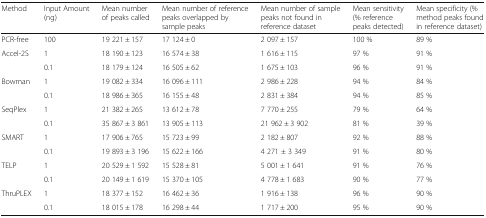
<table><thead><tr><td><b>Method</b></td><td><b>Input Amount (ng)</b></td><td><b>Mean number of peaks called</b></td><td><b>Mean number of reference peaks overlapped by sample peaks</b></td><td><b>Mean number of sample peaks not found in reference dataset</b></td><td><b>Mean sensitivity (% reference peaks detected)</b></td><td><b>Mean specificity (% method peaks found in reference dataset)</b></td></tr></thead><tbody><tr><td>PCR-free</td><td>100</td><td>19 221 ± 157</td><td>17 124 ± 0</td><td>2 097 ± 157</td><td>100 %</td><td>89 %</td></tr><tr><td>Accel-2S</td><td>1</td><td>18 190 ± 123</td><td>16 574 ± 38</td><td>1 616 ± 115</td><td>97 %</td><td>91 %</td></tr><tr><td></td><td>0.1</td><td>18 179 ± 124</td><td>16 505 ± 62</td><td>1 675 ± 103</td><td>96 %</td><td>91 %</td></tr><tr><td>Bowman</td><td>1</td><td>19 082 ± 334</td><td>16 096 ± 111</td><td>2 986 ± 228</td><td>94 %</td><td>84 %</td></tr><tr><td></td><td>0.1</td><td>18 986 ± 365</td><td>16 155 ± 48</td><td>2 831 ± 384</td><td>94 %</td><td>85 %</td></tr><tr><td>SeqPlex</td><td>1</td><td>21 382 ± 265</td><td>13 612 ± 78</td><td>7 770 ± 255</td><td>79 %</td><td>64 %</td></tr><tr><td></td><td>0.1</td><td>35 867 ± 3 861</td><td>13 905 ± 113</td><td>21 962 ± 3 902</td><td>81 %</td><td>39 %</td></tr><tr><td>SMART</td><td>1</td><td>17 906 ± 765</td><td>15 723 ± 99</td><td>2 182 ± 807</td><td>92 %</td><td>88 %</td></tr><tr><td></td><td>0.1</td><td>19 893 ± 3 196</td><td>15 622 ± 166</td><td>4 271 ± 3 349</td><td>91 %</td><td>80 %</td></tr><tr><td>TELP</td><td>1</td><td>20 529 ± 1 592</td><td>15 528 ± 81</td><td>5 001 ± 1 641</td><td>91 %</td><td>76 %</td></tr><tr><td></td><td>0.1</td><td>20 149 ± 1 619</td><td>15 370 ± 105</td><td>4 778 ± 1 683</td><td>90 %</td><td>77 %</td></tr><tr><td>ThruPLEX</td><td>1</td><td>18 377 ± 152</td><td>16 462 ± 36</td><td>1 916 ± 138</td><td>96 %</td><td>90 %</td></tr><tr><td></td><td>0.1</td><td>18 015 ± 178</td><td>16 298 ± 44</td><td>1 717 ± 200</td><td>95 %</td><td>90 %</td></tr></tbody></table>